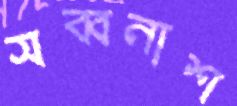
সব্বনাশ